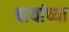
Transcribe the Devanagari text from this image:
बायांच्या